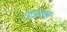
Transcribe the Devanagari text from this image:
तळव्या